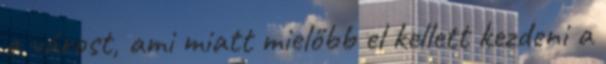
a várost, ami miatt mielőbb el kellett kezdeni a